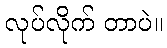
လုပ်လိုက် တာပဲ။